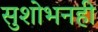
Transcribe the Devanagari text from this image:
सुशोभनही